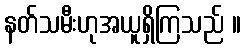
နတ်သမီးဟုအယူရှိကြသည် ။